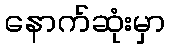
နောက်ဆုံးမှာ